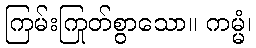
ကြမ်းကြုတ်စွာသော။ ကမ္မံ၊